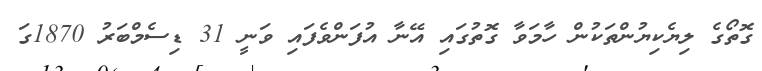
ގޮތޯގެ ލިޔެކިޔުންތަކުން ހާމަވާ ގޮތުގައި އޭނާ އުފަންވެފައި ވަނީ 31 ޑިސެމްބަރު 1870ގަ